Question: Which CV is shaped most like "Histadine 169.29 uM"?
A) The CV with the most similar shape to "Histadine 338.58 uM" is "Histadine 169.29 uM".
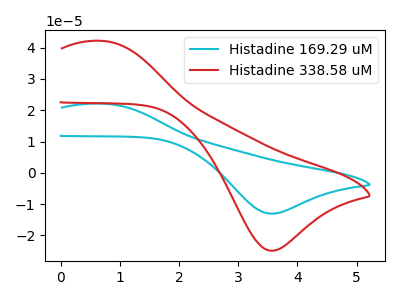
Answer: <think>The cyan curve "Histadine 169.29 uM" has an anodic peak at (0.70V, 22.10uA) and a cathodic peak at (3.55V, -13.05uA). The red curve "Histadine 338.58 uM" has an anodic peak at (0.70V, 42.15uA) and a cathodic peak at (3.55V, -24.95uA).
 All the peaks in "Histadine 169.29 uM" have a peak in "Histadine 338.58 uM" at the same potential. Every peak in "Histadine 169.29 uM" is lower than every peak in "Histadine 338.58 uM".</think>
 <answer>A) The CV with the most similar shape to "Histadine 338.58 uM" is "Histadine 169.29 uM".</answer>
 <eval>A</eval>